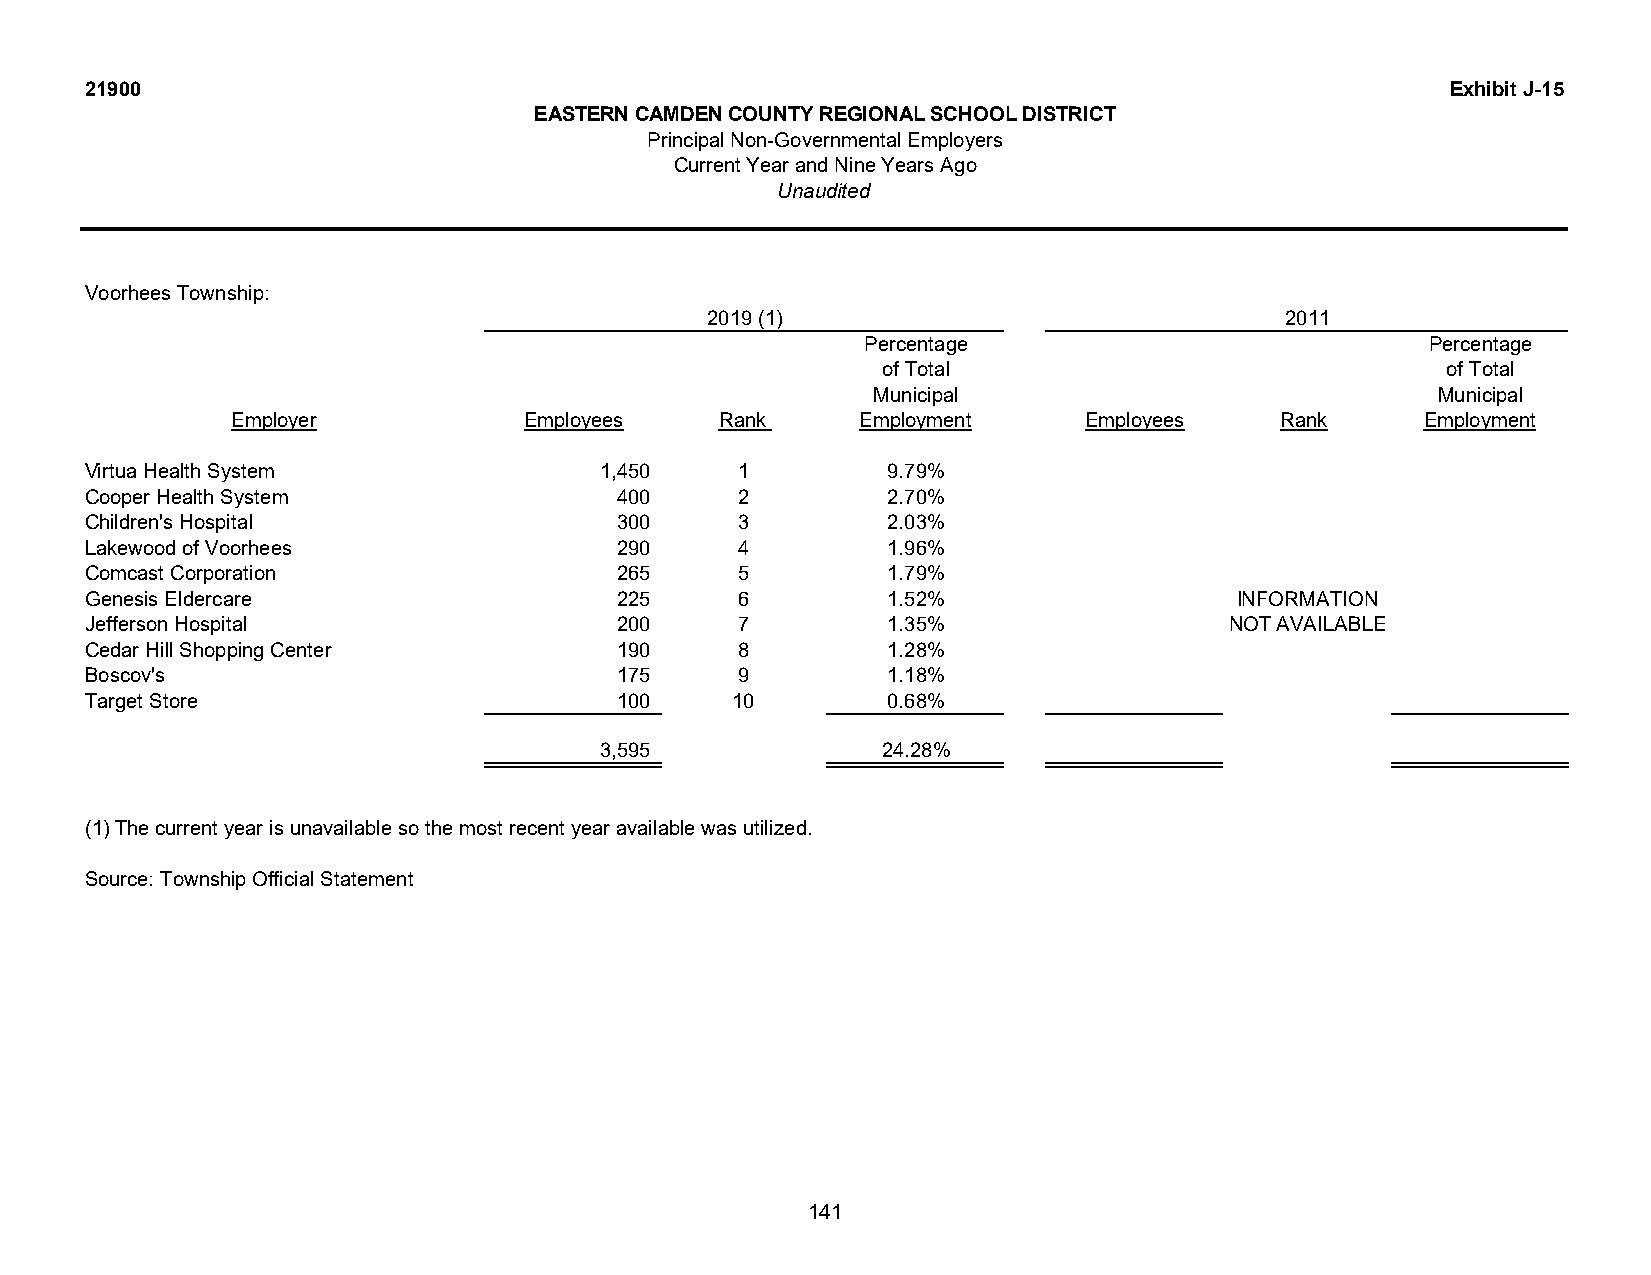
21900                                                                                     Exhibit J-15
 EASTERN CAMDEN COUNTY REGIONAL SCHOOL DISTRICT
 Principal Non-Governmental Employers
 Current Year and Nine Years Ago
 Unaudited
 Voorhees Township:
 2019 (1)                              2011
 Percentage                            Percentage
 of Total                              of Total
 Municipal                            Municipal
 Employer            Employees    Rank     Employment     Employees    Rank     Employment
 Virtua Health System              1,450    1         9.79%
 Cooper Health System               400     2         2.70%
 Children's Hospital                300     3         2.03%
 Lakewood of Voorhees               290     4         1.96%
 Comcast Corporation                265     5         1.79%
 Genesis Eldercare                  225     6         1.52%                  INFORMATION
 Jefferson Hospital                 200     7         1.35%                 NOT AVAILABLE
 Cedar Hill Shopping Center         190     8         1.28%
 Boscov's                           175     9         1.18%
 Target Store                       100    10         0.68%
 3,595             24.28%
 (1)The current year is unavailable so the most recent year available was utilized.
 Source: Township Official Statement
 141